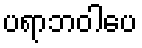
ပရာဘဝါပေ